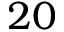
2 0